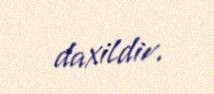
daxildir.